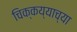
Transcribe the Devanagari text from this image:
चिक्कय्याच्या